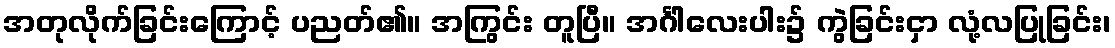
အတုလိုက်ခြင်းကြောင့် ပညတ်၏။ အကြွင်း တူပြီ။ အင်္ဂါလေးပါး၌ ကွဲခြင်းငှာ လုံ့လပြုခြင်း၊